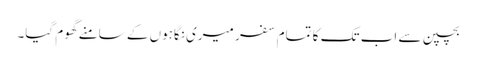
بچپن سے اب تک کا تمام سفر میری نگاہوں کے سامنے گھوم گیا۔